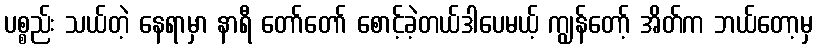
ပစ္စည်း သယ်တဲ့ နေရာမှာ နာရီ တော်တော် စောင့်ခဲ့တယ်ဒါပေမယ့် ကျွန်တော့် အိတ်က ဘယ်တော့မှ